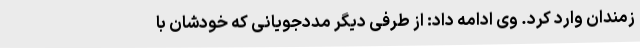
زمندان وارد کرد. وی ادامه داد: از طرفی دیگر مددجویانی که خودشان با